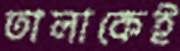
তালাকেই